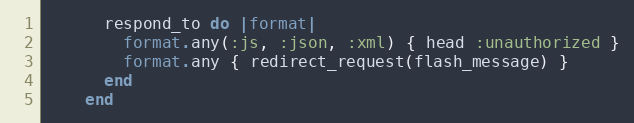
Language: Ruby
      respond_to do |format|
        format.any(:js, :json, :xml) { head :unauthorized }
        format.any { redirect_request(flash_message) }
      end
    end